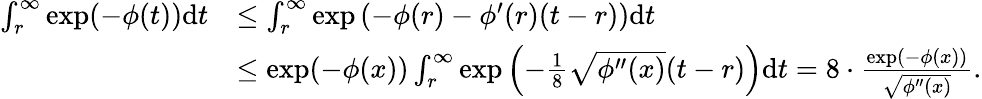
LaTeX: \begin{array}{rl}{\int_{r}^{\infty}\exp(-\phi(t))\textup{d}t}&{\le\int_{r}^{\infty}\exp\left(-\phi(r)-\phi^{\prime}(r)(t-r)\right)\textup{d}t}\\ &{\le\exp(-\phi(x))\int_{r}^{\infty}\exp\left(-\frac 18\sqrt{\phi^{\prime\prime}(x)}(t-r)\right)\textup{d}t=8\cdot\frac{\exp(-\phi(x))}{\sqrt{\phi^{\prime\prime}(x)}}.}\end{array}